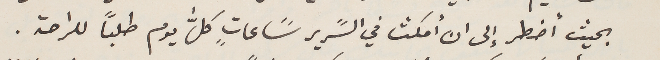
بحيث اضطر إلى ان أمكث في السًرير سًاعاتٍ كلَّ يوم طلبًا للراحة.